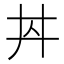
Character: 𱎠